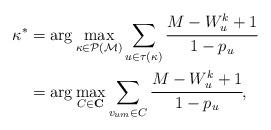
LaTeX: \begin{align*}\kappa^* &= \arg \max_{\kappa \in \mathcal{P}(\mathcal{M})} \sum_{u \in \tau(\kappa)} \cfrac{M-W_u^k+1}{1-p_u} \\&= \arg \max_{ C \in \mathbf{C}} \sum_{v_{um} \in C} \cfrac{M-W_u^k+1}{1-p_u},\end{align*}